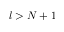
l > N + 1